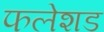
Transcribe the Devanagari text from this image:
फलेशड